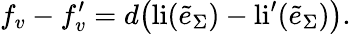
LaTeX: f_{v}-f_{v}^{\prime}=d\big(\mathrm{li}(\tilde{e}_{\Sigma})-\mathrm{li}^{\prime}(\tilde{e}_{\Sigma})\big).